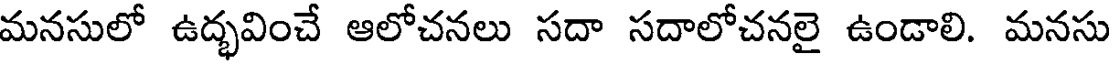
మనసులో ఉద్భవించే ఆలోచనలు సదా సదాలోచనలై ఉండాలి. మనసు